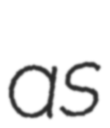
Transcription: as